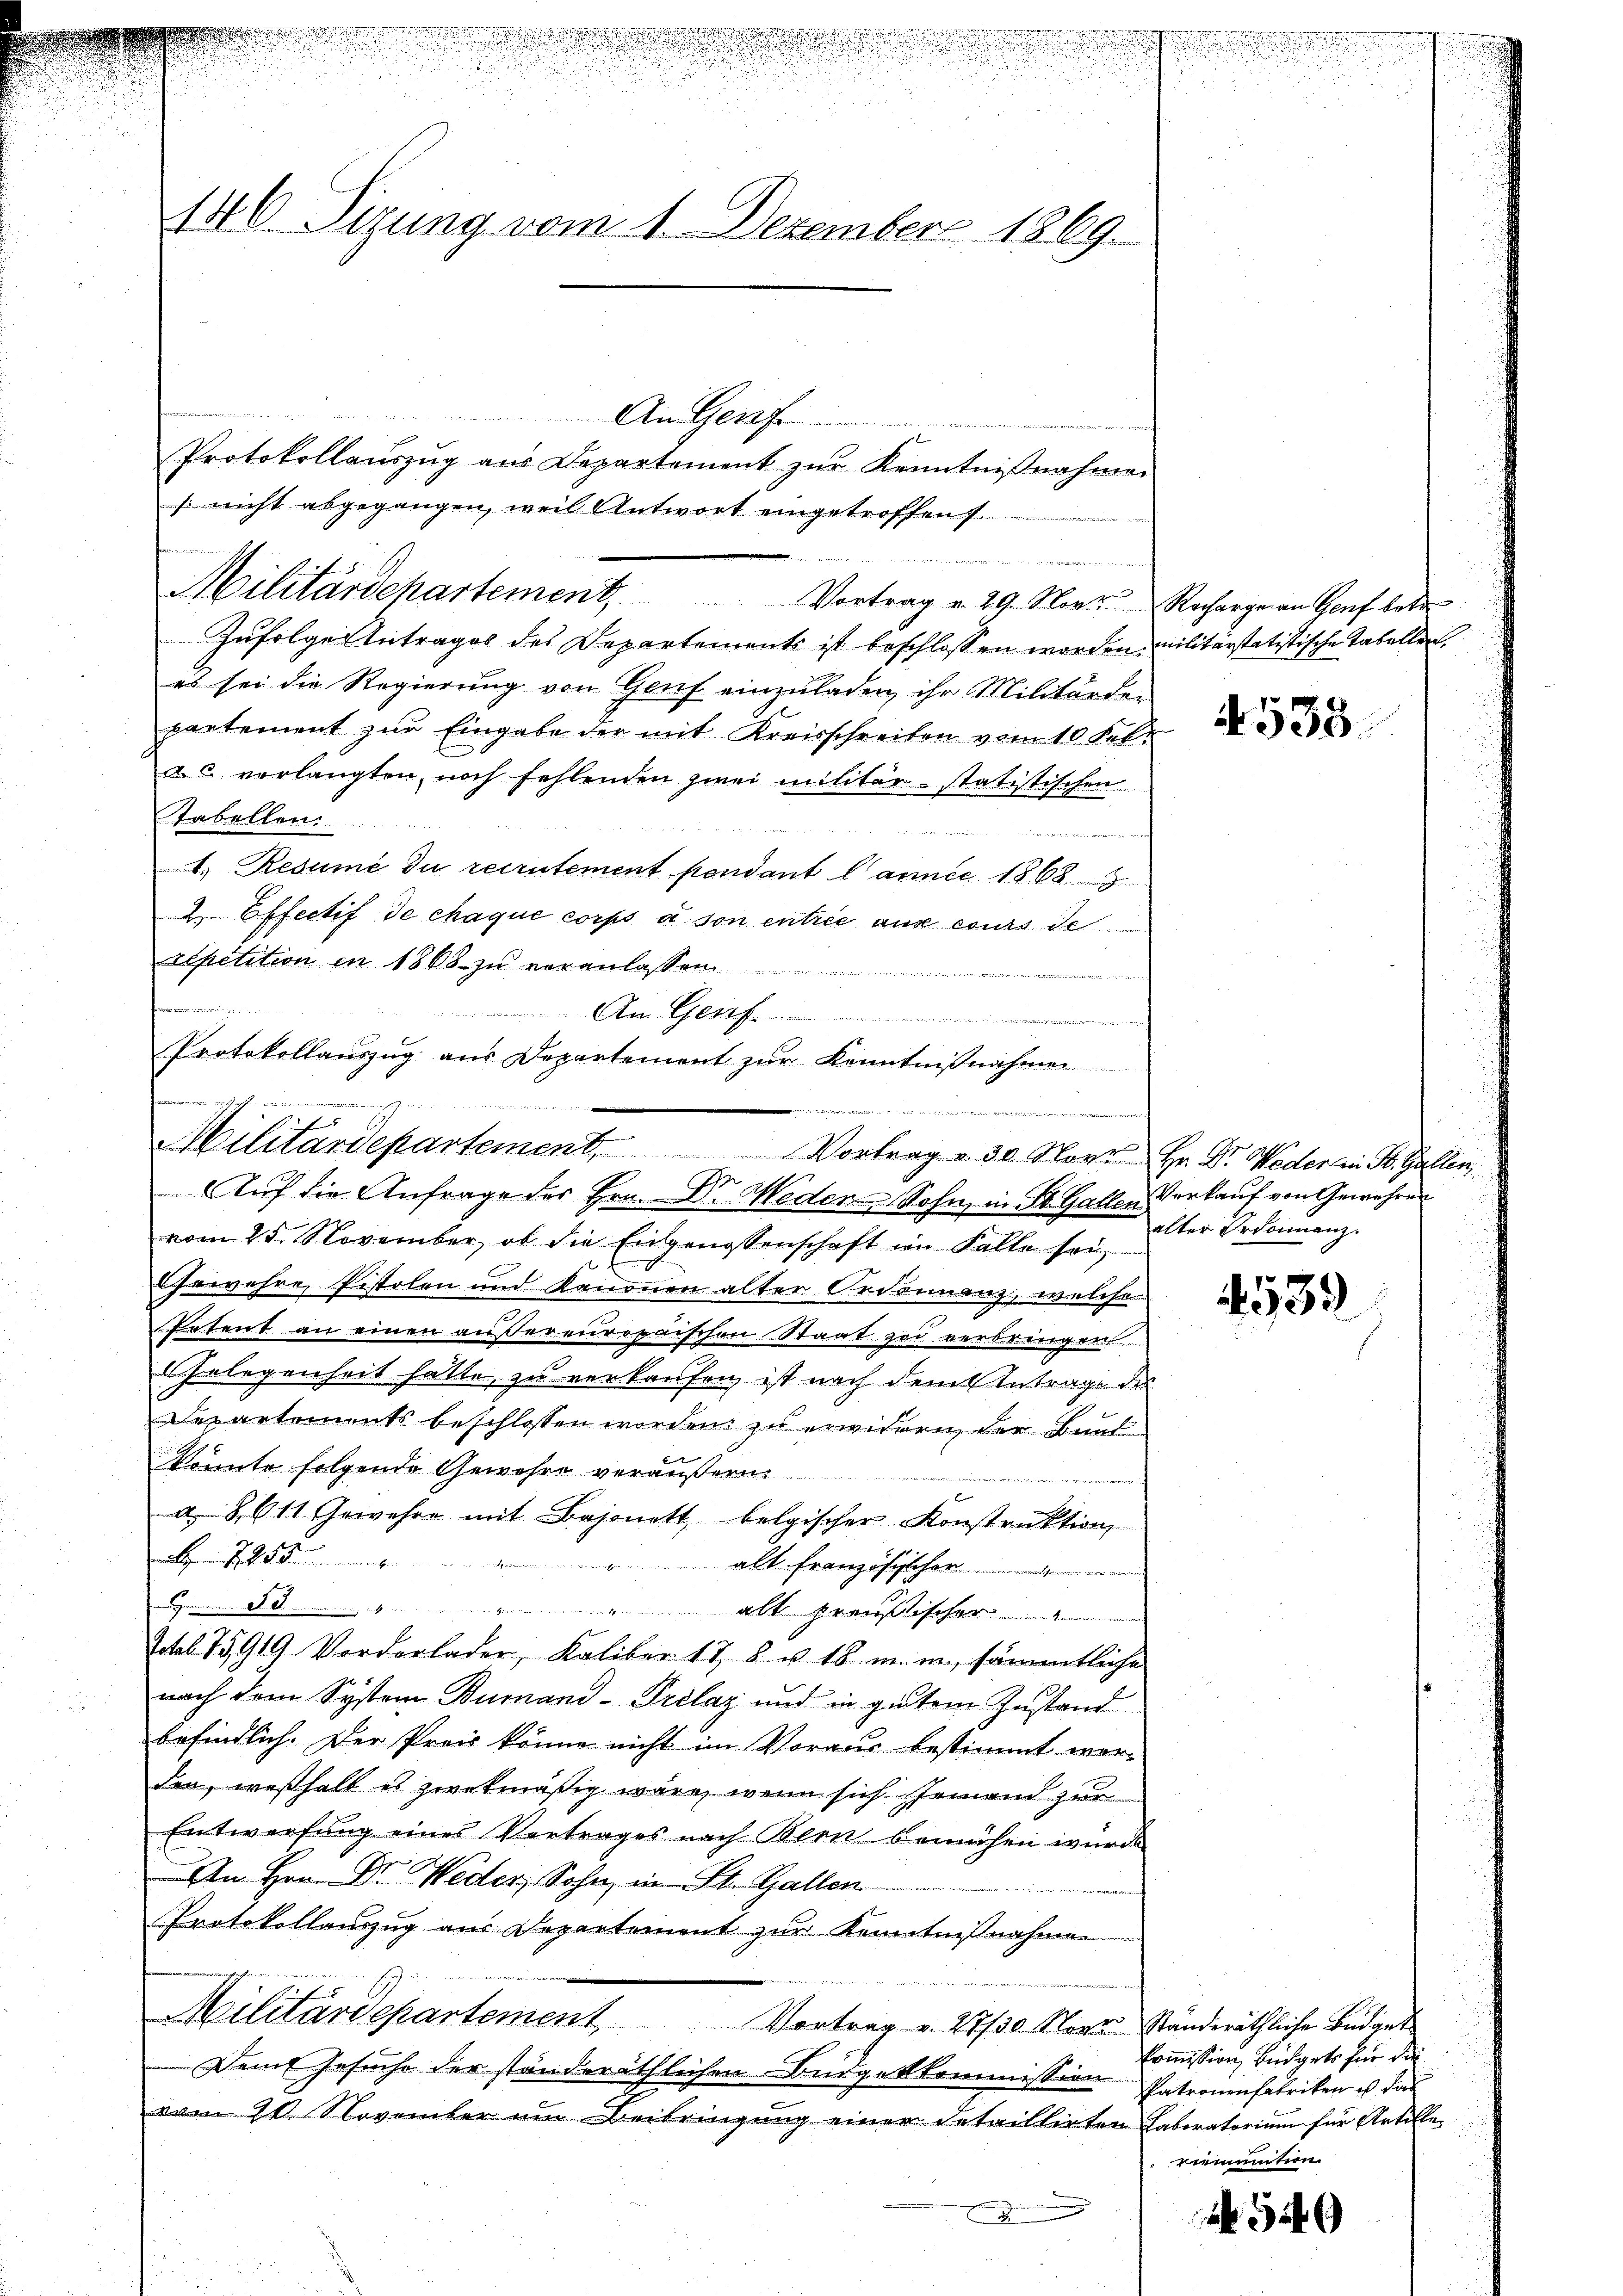
An Genf
Protokollaŭszŭg aŭs Departement zŭr Kenntniβnahmen
s nicht abgegangen, weil Antwort eingetroffen.
Militärdepartement, Vortrag v. 29. Norz Racharge an Genf betr
Zufolger Antrages des Departements ist beschlossen worden.
es sei die Regierung von Genf einzuladen ihr Militärder
partement zur Eingabe der mit Kreisschreiben vom 10. Feb.
as verlangten, noch fehlenden zwei militärstatistischen
Tabellen.
a
. Resume du recrutement pendant l’année 1868
2. Effectif de chaque corps à son entrie aus cours de
repetition in 1868 zu veranlassen
 einer gegen
Pernommen
An
Protokollauszug aus Departement zur Kenntnißnahmen

n
 D

u
d
e

u
g
u
2
146 Sizung vom 1. Dezember 1869.

E
n
enzun
en
Militärdepartement. Vortrag u. 30. Nove Hr. Dr. Weder an St. Gallen,

G.
Auf die Anfrage des Hrn. D. Meden Sohn, in St. Gallen Verkauf von Gewähren

.

vom 25. November, ob die Eingenossenschaft im Falle sei
Gewehre Pistolen und Kanonen alter Criminanz, welche
Patent an einen außereuropaischen Staat zu verbringen
Gelegenheit hatte, zu verkaufen ist nach dem Antrage des
Departements beschlossen worden zu erwidern der Bund
könnte folgende Gewehre veräußern.
a § 611 Gewehre mit Bajonett belgischer Konstruktion
8
at Französischer
 53.  "                  "  Alterarisischeide
Ectab. 75919 Vorderlader, Kaliber 17, 8 u. 18. m. in, sämmtliche
nach dem System Bumand -Prelaz und in gutem Zustand
befindlich. Der Preis könne nicht im Voraus bestimmt worden, weßhalb es zwekmäßig wäre, wenn sich jemand zur
Entwerfung eines Vertrages nach Bern bemühen wurde
Am Hrn. Dr. Weder, Sohn, in St. Gallen
Protokollauszug aus Departement zur Kenntnißnahmen
Militärdepartement Vortrag v. 27/30. Nov. Standeräthliche Büdget
Dem Gesuche der ständeräthlichen Budgetkommission
vom 20. November um Beibringung einer detaillirten Laboratorium für Artille¬
 Eigen

.

.

d

militärstatistische Tabellen.

4533.

alter Ordonnanz

139

Commission, Budgets für die
Patronenfabriken ist das
Limmation

340